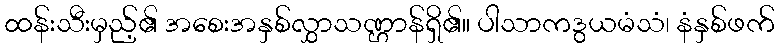
ထန်းသီးမှည့်၏ အစေးအနှစ်လွှာသဏ္ဌာန်ရှိ၏။ ပါသာကဒွယမံသံ၊ နံနှစ်ဖက်